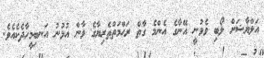
އަލްޔާޝަށް ލޯބި ވެވުނީ އޭނާގެ އެންމެ ގާތް ރަޙްމަތްތެރިޔާގެ ވާން އުޅުނު އަނބިމީހާދެކެއެވެ.